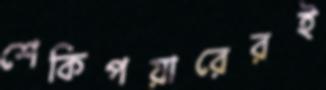
শেকিপয়ারেরই